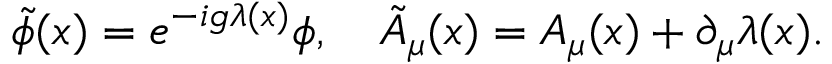
\tilde { \phi } ( x ) = e ^ { - i g \lambda ( x ) } \phi , \quad \tilde { A } _ { \mu } ( x ) = A _ { \mu } ( x ) + \partial _ { \mu } \lambda ( x ) .